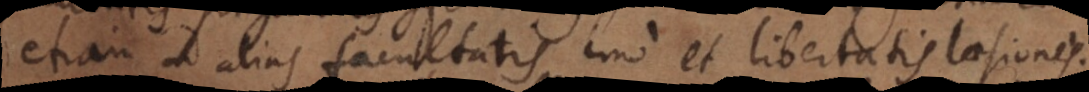
etiam ad alias facultatis imo et libertatis laesiones.